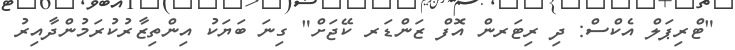
"ޓްރިޕަލް އެކްސް: ދި ރިޓަރން އޮފް ޒަންޑަރ ކޭޖަށް" ގިނަ ބަޔަކު އިންތިޒާރުކުރަމުންދާއިރު